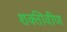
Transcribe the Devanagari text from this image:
शक्तीवीण